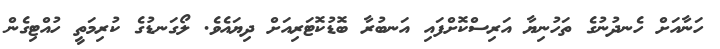
ހަނާއަށް ހެނދުނުގެ ތަހުނިޔާ އަރިސްކޮށްފައި އަނބުރާ ބޮޑުކޮޓަރިއަށް ދިޔައެވެ. ލޯގަނޑުގެ ކުރިމަތީ ހުއްޓިގެން